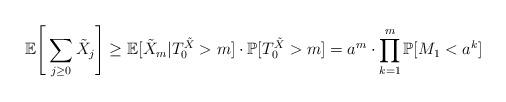
LaTeX: \begin{align*} \mathbb{E}\Bigg[\sum_{j\geq 0} \tilde{X}_j\Bigg]\geq \mathbb{E}[\tilde{X}_m|T_0^{\tilde{X}}>m]\cdot\mathbb{P}[T_0^{\tilde{X}}>m]= a^m\cdot \prod_{k=1}^{m}\mathbb{P}[M_1<a^k] \end{align*}